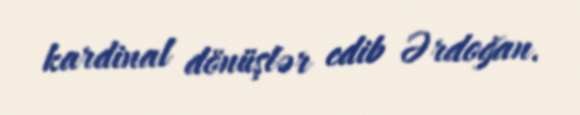
kardinal dönüşlər edib Ərdoğan.